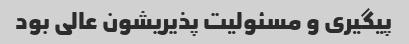
پیگیری و مسئولیت پذیریشون عالی بود